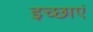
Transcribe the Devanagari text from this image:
इच्‍छाएं